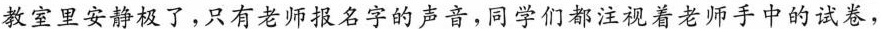
教室里安静极了，只有老师报名字的声音，同学们都注视着老师手中的试卷，